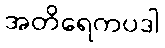
အတိရေကပဒါ